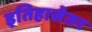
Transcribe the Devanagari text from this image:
इतिहासेतर